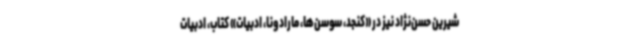
شیرین حسن‌نژاد نیز در «کنجد، سوسن‌ها، مارادونا، ادبیات» کتاب، ادبیات